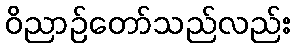
ဝိညာဉ်တော်သည်လည်း